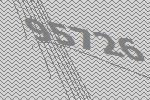
95726